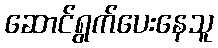
ဆောင်ရွက်ပေးနေသူ